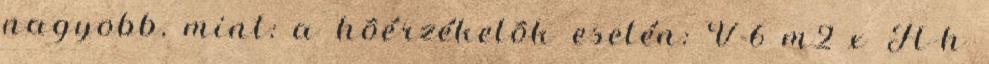
nagyobb, mint: a hõérzékelõk esetén: V=6 m2 x H-h